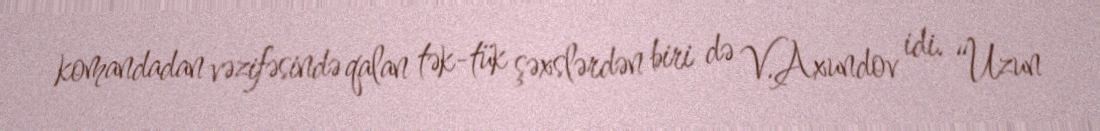
komandadan vəzifəsində qalan tək-tük şəxslərdən biri də V.Axundov idi. “Uzun